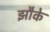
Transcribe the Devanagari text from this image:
झौके